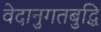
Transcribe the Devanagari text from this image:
वेदानुगतबुद्धि